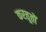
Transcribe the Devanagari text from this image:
करतूतोें